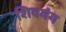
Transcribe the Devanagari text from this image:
शिवगंग